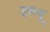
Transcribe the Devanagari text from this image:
ड्ब्ल्यू